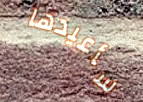
سأعيدها